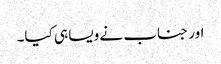
اور جناب نے ویسا ہی کیا۔